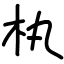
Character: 𣏒